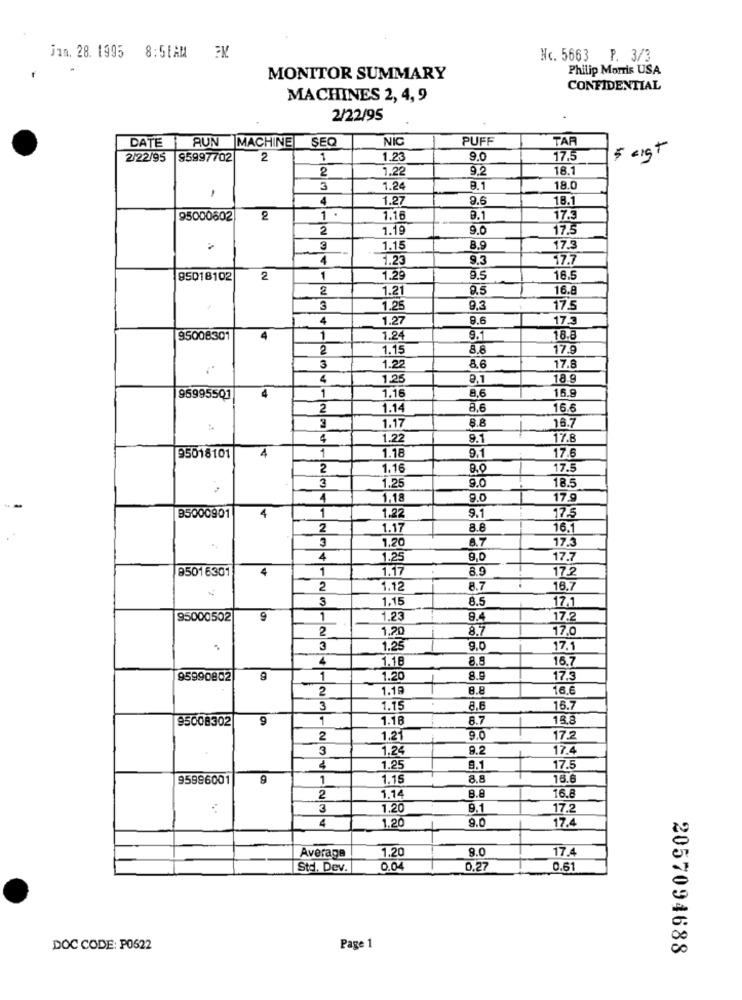
jan. 28. 1995 8:51AM 2K
Nc. 5663 P. 3/3
Philip Morris USA
MONITOR SUMMARY
CONFIDENTIAL
MACHINES 2, 4, 9
2/22/95
DATE | AUN |MACHINE
SEQ
NIG
PUFF
TAR
5 cist
2/22/95
95997702
2
1
1.23
9.0
17.5
2
1.22
9.2
18.1
3
1.2
B.1
18.0
4
1.27
9.6
18.1
95000602
2
1
1.16
9.1
17.3
2
1.19
9.0
17.5
1.15
8.9
17.3
4
1.23
9.3
17.7
95018102
2
1
1.29
9.5
16.5
2
1.21
9.5
16.8
3
1.25
9.3
17.5
4
1.27
9.6
17.3
95008301
4
1
1.24
9.1
18.8
2
1.15
8.6
17.9
3
1.22
8.6
17.8
4
1.25
9.1
18.9
95995501
4
1
1.16
8,6
16.9
2
1.14
8.6
16.6
1.17
8.8
16.7
3
4
1.22
9.1
17.8
4
1
95018101
1.18
9.1
17.6
2
1.16
9.0
17.5
1.25
9.0
18.5
3
4
1.18
9.0
17.9
4
1
1.22
9.1
95000901
17.5
2
1.17
8.8
16.1
3
1.20
8.7
17.3
4
1.25
9.0
17.7
95016301
4
1
1.17
8.9
17.2
2
1.12
8.7
16.7
3
1,15
8.5
17.1
95000502
9
1
1.23
17.2
2
1.20
8.7
17,0
3
1.25
9.0
17.1
4
1.18
8.8
16.7
95990802
1
1.20
8.9
17.5
2
1.18
8.8
6.6
3
1.15
8,6
15.7
95008302
9
1
1.18
8.7
18.8
2
1.21
9.0
17.2
3
1.24
9.2
17.4
4
1.25
9.1
17.5
95996001
9
1
1.15
8.8
16.
8.8
16.6
2
1.14
3
1.20
9.1
17.2
4
9.0
17.4
1.20
8.0
Average
1.20
17.4
Std. Dev.
0.04
0.27
0.61
DOC CODE: POS22
Page 1
2057094688